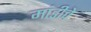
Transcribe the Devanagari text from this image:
मांडीचे